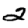
Digit: 2